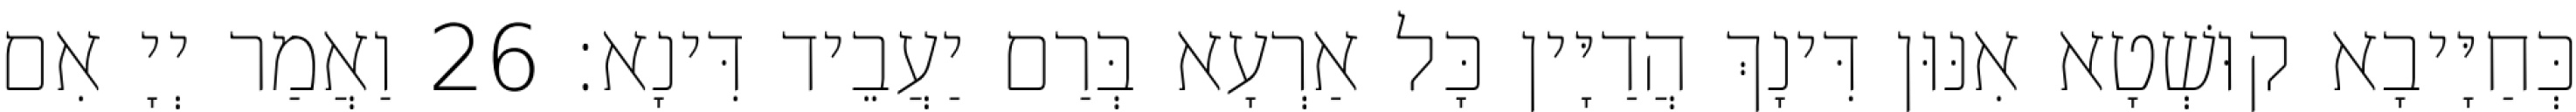
כְּחַיָּיבָא קוּשְׁטָא אִנּוּן דִּינָךְ הֲדַיָּין כָּל אַרְעָא בְּרַם יַעֲבֵיד דִּינָא׃ 26 וַאֲמַר יְיָ אִם